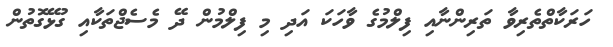
ހަރަކާތްތެރިވާ ތަރިންނާއި ފިލްމުގެ ވާހަކަ އަދި މި ފިލްމުން ދޭ މެސެޖްތަކާއި ގުޅޭގޮތުން